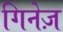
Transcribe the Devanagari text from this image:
गिनेज़